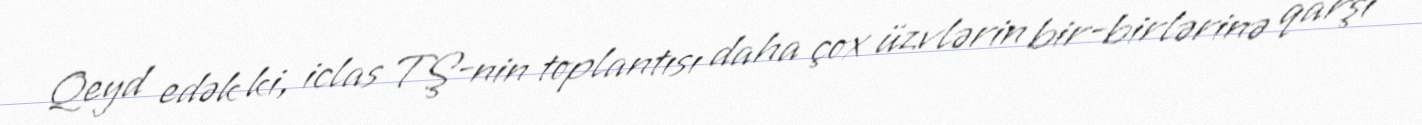
Qeyd edək ki, iclas TŞ-nin toplantısı daha çox üzvlərin bir-birlərinə qarşı